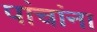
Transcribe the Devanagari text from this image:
पांचांना